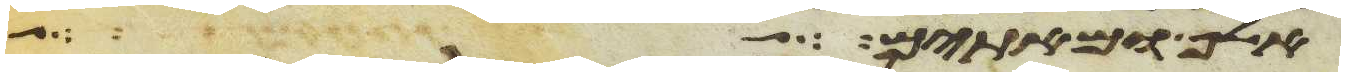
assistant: אלף ומאתים